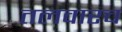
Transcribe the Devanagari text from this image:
तलवारच